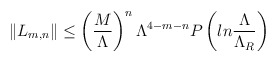
\begin{align*}\|L_{m,n}\| \leq \left({M\over\Lambda}\right)^n\Lambda^{4-m-n}P\left(ln{\Lambda\over\Lambda_R}\right)\end{align*}